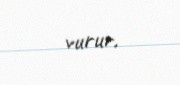
vurur.